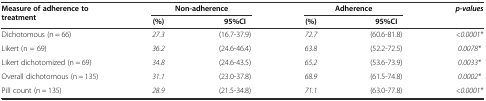
<table><thead><tr><td rowspan="2"><b>Measure of adherence to treatment</b></td><td colspan="2"><b>Non-adherence</b></td><td colspan="2"><b>Adherence</b></td><td rowspan="2"><b><i>p-values</i></b></td></tr><tr><td><b>(%)</b></td><td><b>95%CI</b></td><td><b>(%)</b></td><td><b>95%CI</b></td></tr></thead><tbody><tr><td>Dichotomous (n = 66)</td><td><i>27.3</i></td><td>(16.7-37.9)</td><td><i>72.7</i></td><td>(60.6-81.8)</td><td><i>&lt;0.0001*</i></td></tr><tr><td>Likert (n = 69)</td><td><i>36.2</i></td><td>(24.6-46.4)</td><td><i>63.8</i></td><td>(52.2-72.5)</td><td><i>0.0078*</i></td></tr><tr><td>Likert dichotomized (n = 69)</td><td><i>34.8</i></td><td>(24.6-43.5)</td><td><i>65.2</i></td><td>(53.6-73.9)</td><td><i>0.0033*</i></td></tr><tr><td>Overall dichotomous (n = 135)</td><td><i>31.1</i></td><td>(23.0-37.8)</td><td><i>68.9</i></td><td>(61.5-74.8)</td><td><i>0.0002*</i></td></tr><tr><td>Pill count (n = 135)</td><td><i>28.9</i></td><td>(21.5-34.8)</td><td><i>71.1</i></td><td>(63.0-77.8)</td><td><i>&lt;0.0001*</i></td></tr></tbody></table>